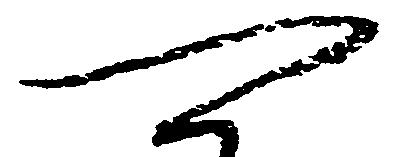
可